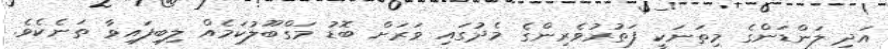
އަދި ލަންޑަންގެ މިތަނަކީ ފަތުރުވެރިންގެ މެދުގައި ވަރަށް ބޮޑު މަގްބޫލުކަމެއް ލިިބިފައިވާ ތަނެކެވެ.